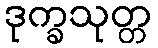
ဒုက္ခသုတ္တ